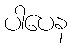
ပါပေန